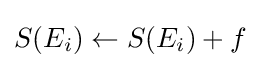
S(E_{i})\leftarrow S(E_{i})+f